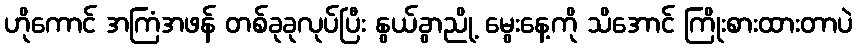
ဟိုကောင် အကြံအဖန် တစ်ခုခုလုပ်ပြီး နွယ်ခွာညို့ မွေးနေ့ကို သိအောင် ကြိုးစားထားတာပဲ